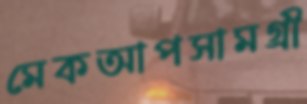
মেকআপসামগ্রী